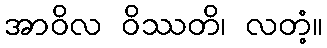
အာဝိလ ဝိဿတိ၊ လတံ့။